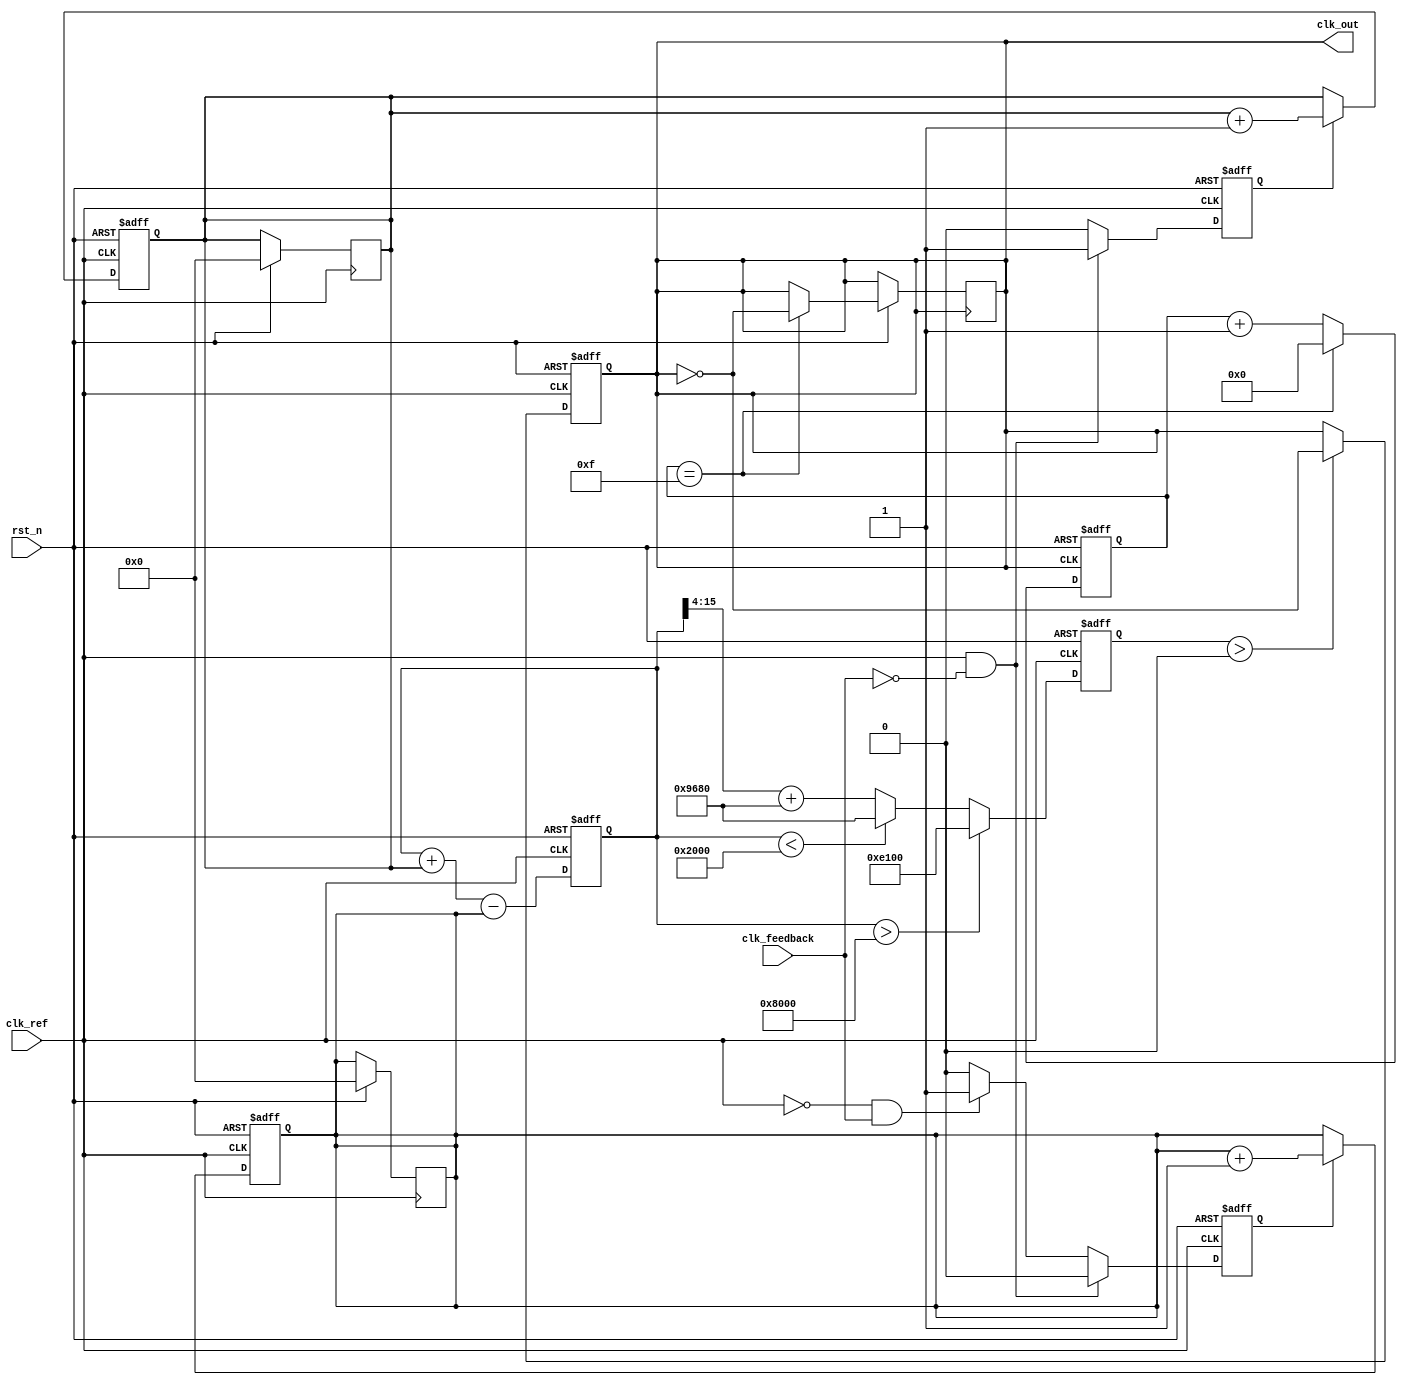
module cp_pll (
    input wire clk_ref,      // Reference clock input
    input wire clk_feedback, // Feedback clock input from VCO
    input wire rst_n,        // Asynchronous reset (active low)
    output reg clk_out       // Output clock from VCO
);

    // Parameters for the PLL
    parameter integer VCO_MAX_FREQ = 100_000_000; // Example max VCO frequency
    parameter integer VCO_MIN_FREQ = 10_000_000;  // Example min VCO frequency

    // PFD signals
    reg pfd_up;
    reg pfd_down;

    // Charge pump signals
    reg [15:0] charge; // Charge pump output (simple example)
    reg [15:0] discharge;

    // Loop filter output
    reg [15:0] loop_filter_out;

    // VCO signal
    reg [15:0] vco_freq; // Frequency control voltage

    // Frequency Divider signals
    reg [3:0] divider;   // Example frequency divider
    wire clk_divided;

    // Phase Frequency Detector (PFD)
    always @(posedge clk_ref or negedge rst_n) begin
        if (!rst_n) begin
            pfd_up <= 1'b0;
            pfd_down <= 1'b0;
        end else begin
            // PFD Logic (simplified)
            if (clk_ref && ~clk_feedback) begin
                pfd_up <= 1'b1;
                pfd_down <= 1'b0;
            end else if (~clk_ref && clk_feedback) begin
                pfd_up <= 1'b0;
                pfd_down <= 1'b1;
            end else begin
                pfd_up <= 1'b0;
                pfd_down <= 1'b0;
            end
        end
    end

    // Charge Pump
    always @(posedge clk_ref or negedge rst_n) begin
        if (!rst_n) begin
            charge <= 16'b0;
            discharge <= 16'b0;
        end else begin
            if (pfd_up) begin
                charge <= charge + 16'h1; // Charge up
            end
            if (pfd_down) begin
                discharge <= discharge + 16'h1; // Discharge
            end
        end
    end

    // Loop Filter
    always @(posedge clk_ref or negedge rst_n) begin
        if (!rst_n) begin
            loop_filter_out <= 16'b0;
            vco_freq <= VCO_MIN_FREQ;
        end else begin
            loop_filter_out <= loop_filter_out + charge - discharge; // Simple filter
            charge <= 16'b0; // Reset charge
            discharge <= 16'b0; // Reset discharge

            // Update VCO frequency based on filter output (control voltage)
            if(loop_filter_out > 16'h8000) begin
                vco_freq <= VCO_MAX_FREQ; // Max frequency
            end else if(loop_filter_out < 16'h2000) begin
                vco_freq <= VCO_MIN_FREQ; // Min frequency
            end else begin
                // Scale the voltage to frequency range (simplified)
                vco_freq <= {loop_filter_out[15:4] + 10_000_000}; // Example scaling
            end
        end
    end

    // VCO (mock VCO behavior)
    always @(posedge clk_ref or negedge rst_n) begin
        if (!rst_n) begin
            clk_out <= 1'b0;
        end else begin
            // Generate clock based on vco frequency
            if (vco_freq > 0) begin
                // Simple clock toggle based on vco_freq (for simulation only)
                clk_out <= ~clk_out;
            end
        end
    end

    // Frequency Divider
    always @(posedge clk_out or negedge rst_n) begin
        if (!rst_n) begin
            divider <= 4'b0;
        end else begin
            divider <= divider + 1; // Simple example of a counter
            if (divider == 4'b1111) begin
                clk_out <= ~clk_out; // Divide the frequency by 16
                divider <= 4'b0;
            end
        end
    end

endmodule